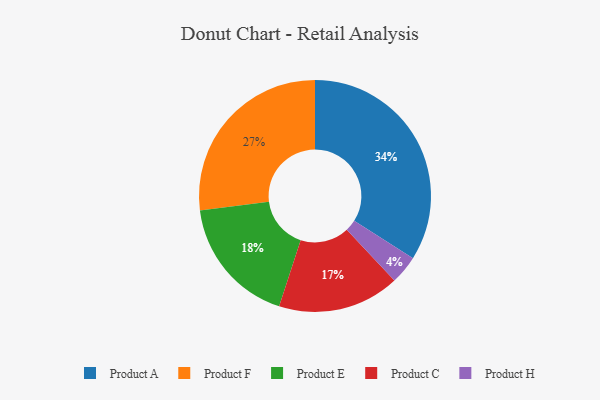
{"axis": {"x": "Category", "y": "Percentage"}, "legend": ["Product A", "Product C", "Product E", "Product F", "Product H"], "data": [{"x": "Product F", "y": 27, "type": "Product F"}, {"x": "Product C", "y": 17, "type": "Product C"}, {"x": "Product H", "y": 4, "type": "Product H"}, {"x": "Product A", "y": 34, "type": "Product A"}, {"x": "Product E", "y": 18, "type": "Product E"}]}